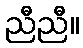
ညီညီ။